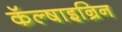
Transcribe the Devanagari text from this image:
कॅल्षाइन्रिन